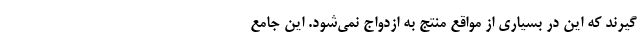
‌گیرند که این در بسیاری از مواقع منتج به ازدواج نمی‌شود. این جامع